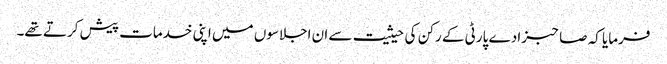
فرمایا کہ صاحبزادے پارٹی کے رکن کی حیثیت سے ان اجلاسوں میں اپنی خدمات پیش کرتے تھے۔